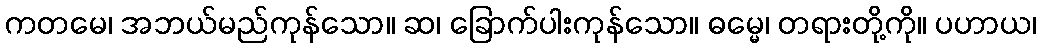
ကတမေ၊ အဘယ်မည်ကုန်သော။ ဆ၊ ခြောက်ပါးကုန်သော။ ဓမ္မေ၊ တရားတို့ကို။ ပဟာယ၊